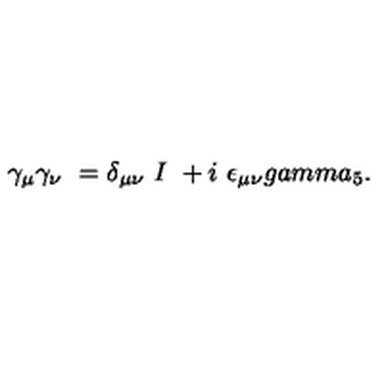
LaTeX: \gamma _ { \mu } \gamma _ { \nu } \ = \delta _ { \mu \nu } \ I \ + i \ \epsilon _ { \mu \nu } g a m m a _ { 5 } .